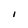
Character: I